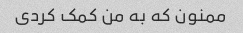
ممنون که به من کمک کردی